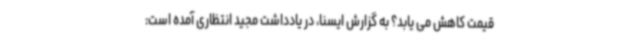
قیمت کاهش می یابد؟ به گزارش ایسنا، در یادداشت مجید انتظاری آمده است: